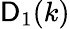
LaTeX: \mathsf{D}_{1}(k)